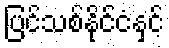
ပြင်သစ်နိုင်ငံနှင့်